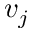
v _ { j }